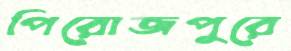
পিরোজপুরে